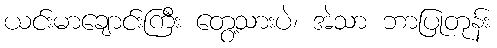
ယင်းမာချောင်းကြီး တွေ့သားပဲ၊ အဲသာ ဘာပြုတုန်း